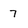
Character: 7